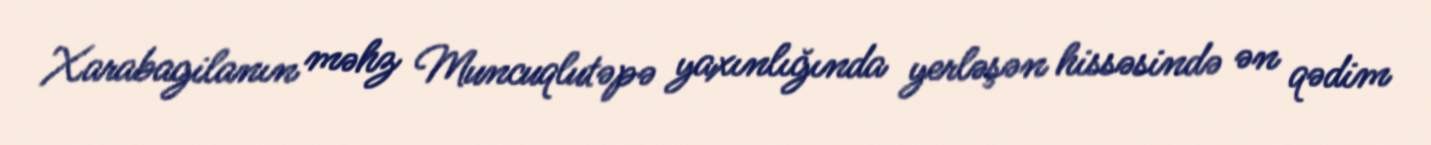
Xarabagilanın məhz Muncuqlutəpə yaxınlığında yerləşən hissəsində ən qədim